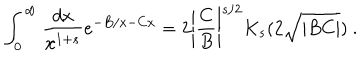
\int _ { 0 } ^ { \infty } \frac { d x } { x ^ { 1 + s } } e ^ { - B / x - C x } = 2 \left| \frac { C } { B } \right| ^ { s / 2 } K _ { s } ( 2 \sqrt { | B C | } ) \ .